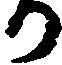
か